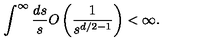
\int ^ { \infty } \frac { d s } { s } O \left( \frac { 1 } { s ^ { d / 2 - 1 } } \right) < \infty .